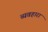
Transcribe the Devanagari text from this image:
व्यवहारा